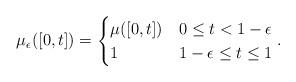
LaTeX: \begin{align*}\mu_{\epsilon}([0,t])=\begin{cases}\mu([0,t]) & 0\leq t<1-\epsilon\\1 & 1-\epsilon\leq t\leq1\end{cases}.\end{align*}